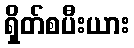
ရှိတ်စပီးယား